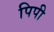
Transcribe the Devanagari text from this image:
पिपी